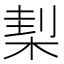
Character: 𣓇